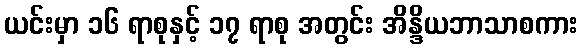
ယင်းမှာ ၁၆ ရာစုနှင့် ၁၇ ရာစု အတွင်း အိန္ဒိယဘာသာစကား